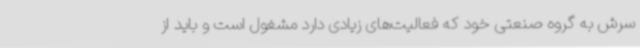
سرش به گروه صنعتی خود که فعالیت‌های زیادی دارد مشغول است و باید از